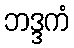
ဘဒ္ဒကံ